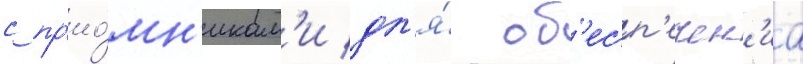
с пр'ио́мн'икам'и дл'я́ об'есп'ечен'иа